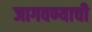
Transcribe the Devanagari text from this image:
जागवण्याची